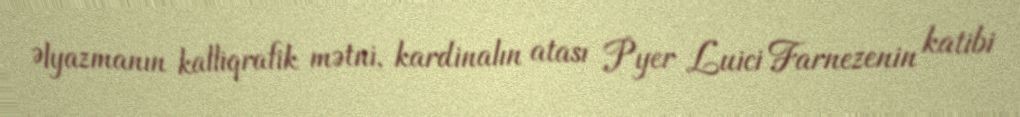
Əlyazmanın kalliqrafik mətni, kardinalın atası Pyer Luici Farnezenin katibi